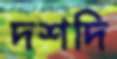
দশদি